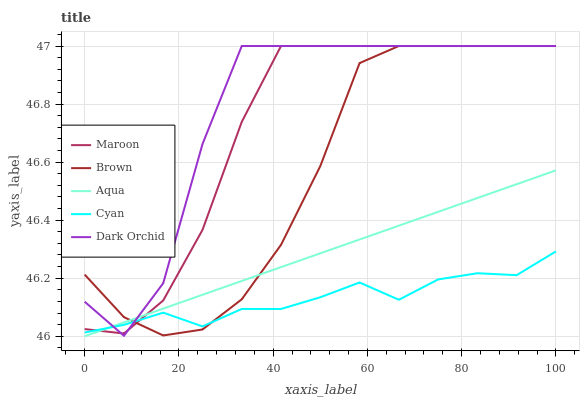
| xaxis_label | Maroon | Brown | Aqua | Cyan | Dark Orchid |
 | --- | --- | --- | --- | --- | --- |
 | 0 | 46 | 46.2 | 46 | 46 | 46.1 |
 | 8.33 | 46 | 46.1 | 46 | 46 | 46 |
 | 16.7 | 46.1 | 46 | 46.1 | 46.1 | 46.2 |
 | 25 | 46.4 | 46 | 46.1 | 46 | 46.7 |
 | 33.3 | 46.7 | 46.1 | 46.2 | 46.1 | 47 |
 | 41.7 | 47 | 46.3 | 46.2 | 46.1 | 47 |
 | 50 | 47 | 46.6 | 46.3 | 46.1 | 47 |
 | 58.3 | 47 | 46.9 | 46.3 | 46.2 | 47 |
 | 66.7 | 47 | 47 | 46.4 | 46.1 | 47 |
 | 75 | 47 | 47 | 46.4 | 46.2 | 47 |
 | 83.3 | 47 | 47 | 46.5 | 46.2 | 47 |
 | 91.7 | 47 | 47 | 46.5 | 46.2 | 47 |
 | 100 | 47 | 47 | 46.6 | 46.3 | 47 |